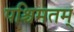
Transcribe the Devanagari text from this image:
पश्चिमतम्